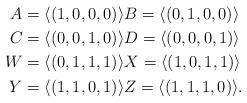
LaTeX: \begin{align*} A = \langle (1,0,0,0)\rangle & B = \langle (0,1,0,0)\rangle\\ C = \langle (0,0,1,0)\rangle & D = \langle (0,0,0,1)\rangle\\ W = \langle (0,1,1,1)\rangle & X = \langle (1,0,1,1)\rangle\\ Y = \langle (1,1,0,1)\rangle & Z = \langle (1,1,1,0)\rangle.\end{align*}